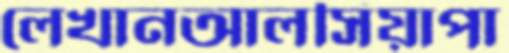
লেখানআলসিয়াপা